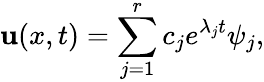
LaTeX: \textbf{u}(x,t)=\sum_{j=1}^{r}c_{j}e^{\lambda_{j}t}\psi_{j},